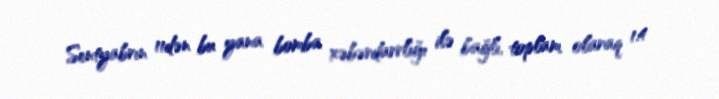
Sentyabrın 11dən bu yana bomba xəbərdarrlığı ilə bağlı, toplam olaraq 1.4